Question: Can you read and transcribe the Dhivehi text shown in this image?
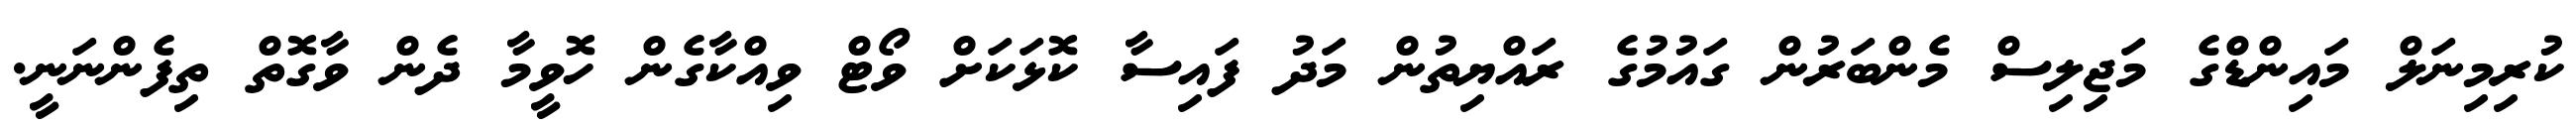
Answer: ކުރިމިނަލް މައިންޑްގެ މަޖިލިސް މެންބަރުން ގައުމުގެ ރައްޔިތުން މަދު ފައިސާ ކޮޅަކަށް ވޯޓް ވިއްކާގެން ހޮވީމާ ދެން ވާގޮތް ތިފެންނަނީ.